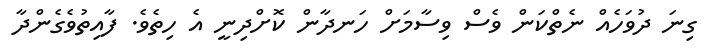
ގިނަ ދުވަހެއް ނެތްކަން ވެސް ވިސާމަށް ހަނދާން ކޮށްދިނީ އެ ހިތެވެ. ފާއިތުވެގެންދާ